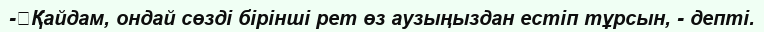
-	Қайдам, ондай сөзді бірінші рет өз аузыңыздан естіп тұрсын, - депті.